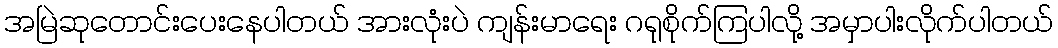
အမြဲဆုတောင်းပေးနေပါတယ် အားလုံးပဲ ကျန်းမာရေး ဂရုစိုက်ကြပါလို့ အမှာပါးလိုက်ပါတယ်